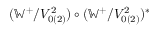
( \mathbb { W } ^ { + } / V _ { 0 ( 2 ) } ^ { 2 } ) \circ ( \mathbb { W } ^ { + } / V _ { 0 ( 2 ) } ^ { 2 } ) ^ { \ast }